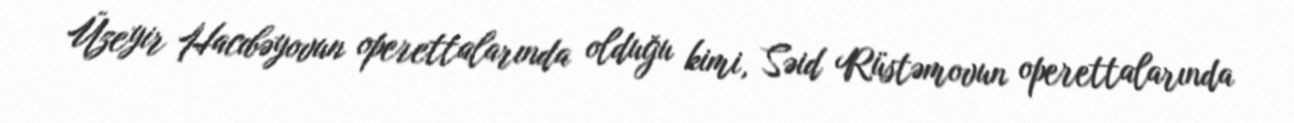
Üzeyir Hacıbəyovun operettalarında olduğu kimi, Səid Rüstəmovun operettalarında